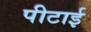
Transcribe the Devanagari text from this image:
पीटाई